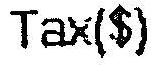
TAX($)